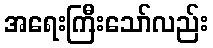
အရေးကြီးသော်လည်း